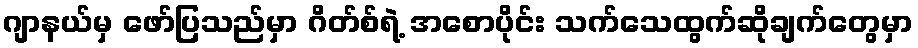
ဂျာနယ်မှ ဖော်ပြသည်မှာ ဂိတ်စ်ရဲ့ အစောပိုင်း သက်သေထွက်ဆိုချက်တွေမှာ